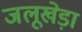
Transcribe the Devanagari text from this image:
जलूखेड़ा